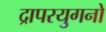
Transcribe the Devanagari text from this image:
द्रापरयुगनो